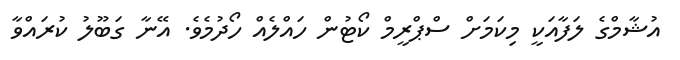
އުޝާމްގެ ލަފާއަކީ މިކަމަށް ސްޕްރީމް ކޯޓުން ހައްލެއް ހޯދުމެވެ. އޭނާ ގަބޫލު ކުރައްވާ